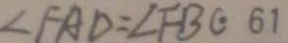
\angle F A D = \angle F B C \cdot 6 1